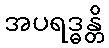
အပရဒ္ဓန္တိ